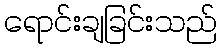
ရောင်းချခြင်းသည်